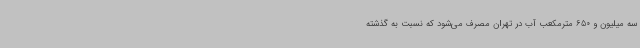
سه میلیون و 650 مترمکعب آب در تهران مصرف می‌شود که نسبت به گذشته